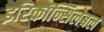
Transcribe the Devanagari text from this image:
इरिकॉन्सिलेबल